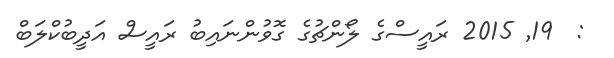
:  19